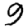
Digit: 9